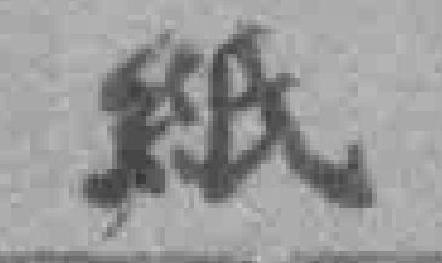
紙